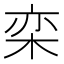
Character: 栾